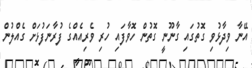
އޭނާ ވިދާޅުވި ގޮތުގައި ގާނޫނީ ގޮތުން ހޮވާފައި ހުރި ވެރިއެއްގެ ފުރާނަފުޅަށް ގެއްލުން